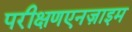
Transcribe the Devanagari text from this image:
परीक्षणएनज़ाइम